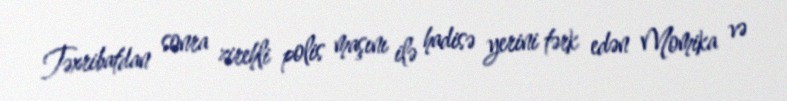
Təxribatdan sonra zirehli polis maşını ilə hadisə yerini tərk edən Momika və